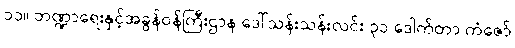
၁၁။ ဘဏ္ဍာရေးနှင့်အခွန်ဝန်ကြီးဌာန ဒေါ်သန်းသန်းလင်း ၃၁ ဒေါက်တာ ကံဇော်